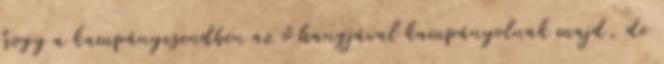
hogy a kampánycsendben az ő hangjával kampányolnak majd, de